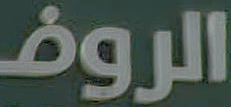
الروض